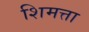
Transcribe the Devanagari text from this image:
शिमत्ता